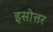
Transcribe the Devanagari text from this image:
इसोत्तर